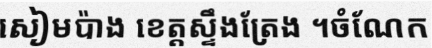
សៀមប៉ាង ខេត្តស្ទឹងត្រែង ។ចំណែក